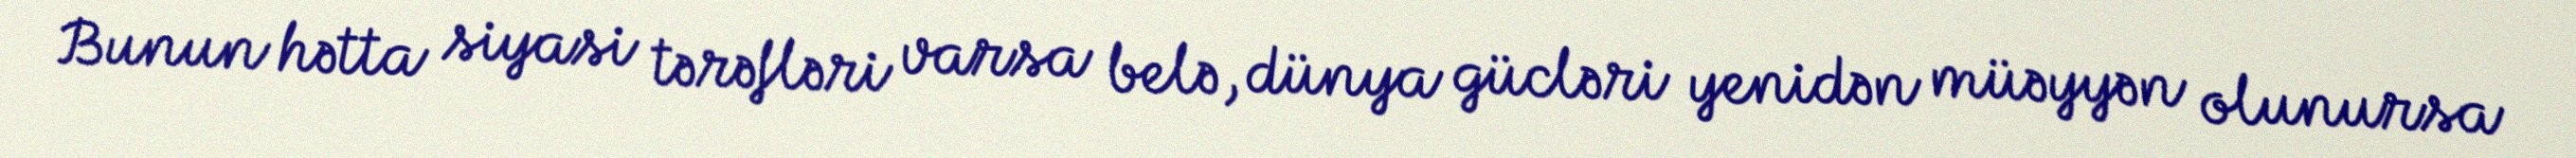
Bunun hətta siyasi tərəfləri varsa belə, dünya gücləri yenidən müəyyən olunursa